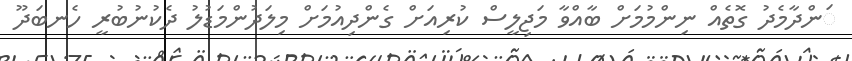
ަންދާމެދު ގޮތެއް ނިންމުމަށް ބާއްވާ މަޖިލީސް ކުރިއަށް ގެންދިއުމަށް މިލަދުންމަޑުލު ދެކުނުބުރީ ހެނބަދޫ